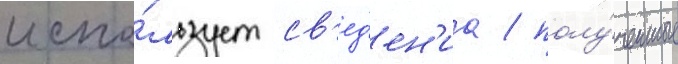
испо́льзует св'ед'ен'иа / полу́ченные